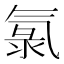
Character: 氯